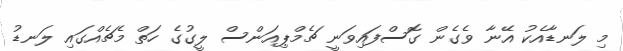
މި ލަނޑާއެކު އޭނާ ވެގެން ގޮސްފައިވަނީ ޗެމްޕިއަންސް ލީގުގެ ހަތް މެޗެއްގައި ލަނޑު